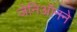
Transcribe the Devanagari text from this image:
जेनिऑनने